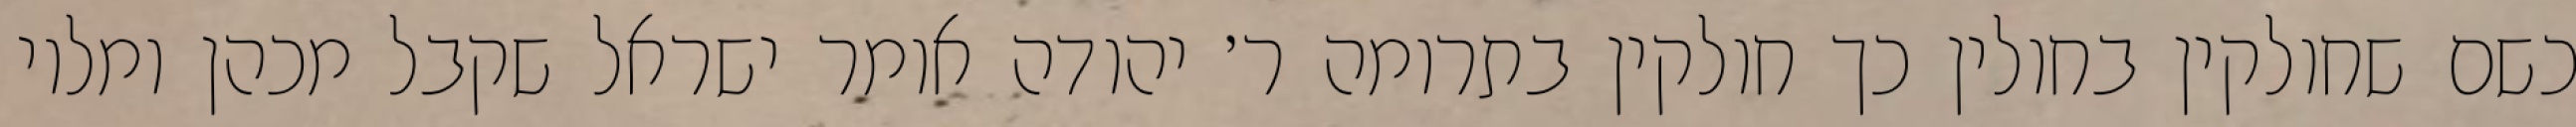
כשם שחולקין בחולין כך חולקין בתרומה ר׳ יהודה אומר ישראל שקבל מכהן ומלוי